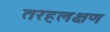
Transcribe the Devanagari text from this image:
तरहलक्षण